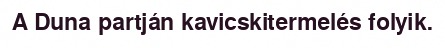
A Duna partján kavicskitermelés folyik.